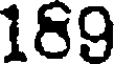
169